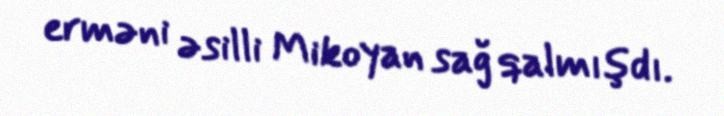
erməni əsilli Mikoyan sağ qalmışdı.